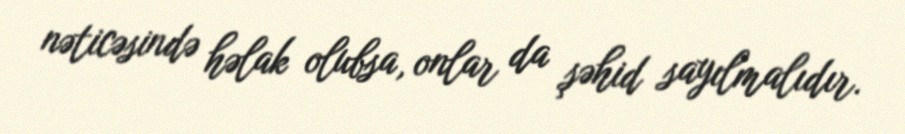
nəticəsində həlak olubsa, onlar da şəhid sayılmalıdır.